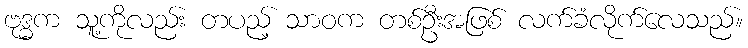
ဗုဒ္ဓက သူ့ကိုလည်း တပည့် သာဝက တစ်ဦးအဖြစ် လက်ခံလိုက်လေသည်။